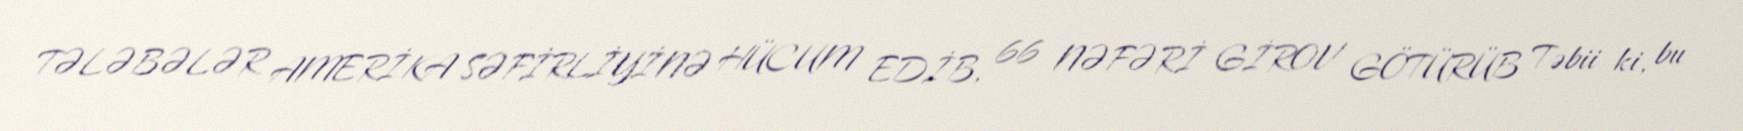
TƏLƏBƏLƏR AMERİKA SƏFİRLİYİNƏ HÜCUM EDİB, 66 NƏFƏRİ GİROV GÖTÜRÜB Təbii ki, bu